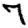
Digit: 7